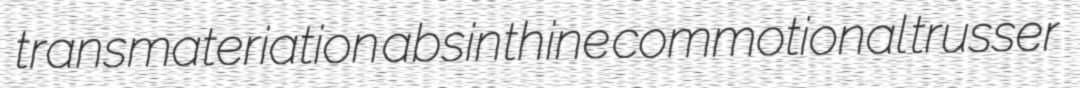
transmateriation absinthine commotional trusser